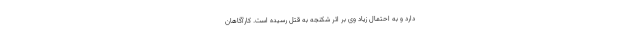
دارد و به احتمال زیاد وی بر اثر شکنجه به قتل رسیده است. کارآگاهان